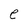
Character: e